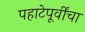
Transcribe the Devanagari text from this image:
पहाटेपूर्वींचा